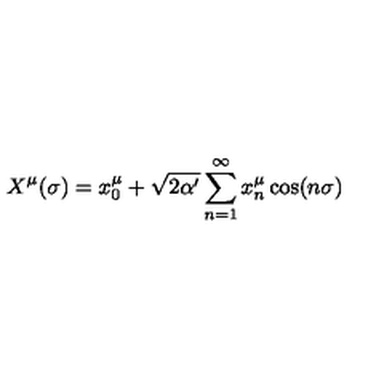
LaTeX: X ^ { \mu } ( \sigma ) = x _ { 0 } ^ { \mu } + \sqrt { 2 \alpha ^ { \prime } } \sum _ { n = 1 } ^ { \infty } { x _ { n } ^ { \mu } \cos ( n \sigma ) }